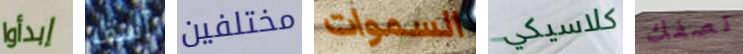
إبدأوا آسف مختلفين السموات كلاسيكي نصفك